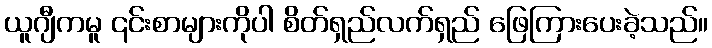
ယူဂျီကမူ ၎င်းစာများကိုပါ စိတ်ရှည်လက်ရှည် ဖြေကြားပေးခဲ့သည်။